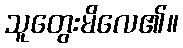
သူတွေးမိလေ၏။